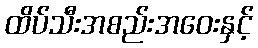
ထိပ်သီးအစည်းအဝေးနှင့်